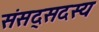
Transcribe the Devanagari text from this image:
संसद्सदस्य